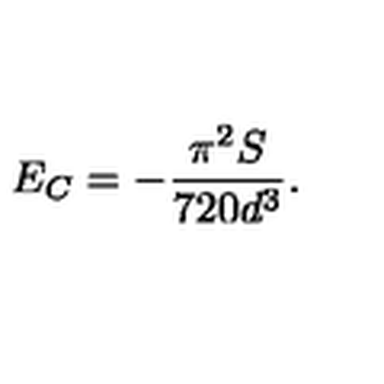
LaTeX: E _ { C } = - \frac { \pi ^ { 2 } S } { 7 2 0 d ^ { 3 } } .